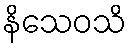
နိသေဝသိ